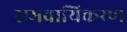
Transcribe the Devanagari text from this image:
समवायिकरण